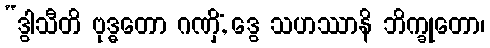
“ဒွါသီတိ ဗုဒ္ဓတော ဂဏှိံ, ဒွေ သဟဿာနိ ဘိက္ခုတော၊